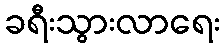
ခရီးသွားလာရေး